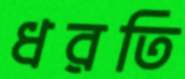
ধরতি